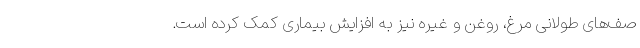
صف‌های طولانی مرغ، روغن و غیره نیز به افزایش بیماری کمک کرده است.